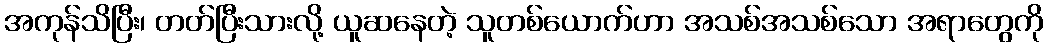
အကုန်သိပြီး၊ တတ်ပြီးသားလို့ ယူဆနေတဲ့ သူတစ်ယောက်ဟာ အသစ်အသစ်သော အရာတွေကို